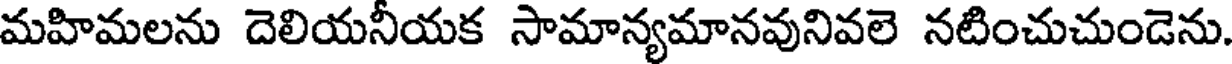
మహిమలను దెలియనీయక సామాన్యమానవునివలె నటించుచుండెను.